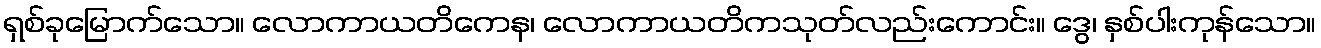
ရှစ်ခုမြောက်သော။ လောကာယတိကေန၊ လောကာယတိကသုတ်လည်းကောင်း။ ဒွေ၊ နှစ်ပါးကုန်သော။